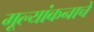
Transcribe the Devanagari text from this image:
मूल्यांकनाचे